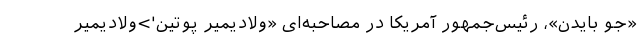
«جو بایدن»، رئیس‌جمهور آمریکا در مصاحبه‌ای «ولادیمیر پوتین'>ولادیمیر